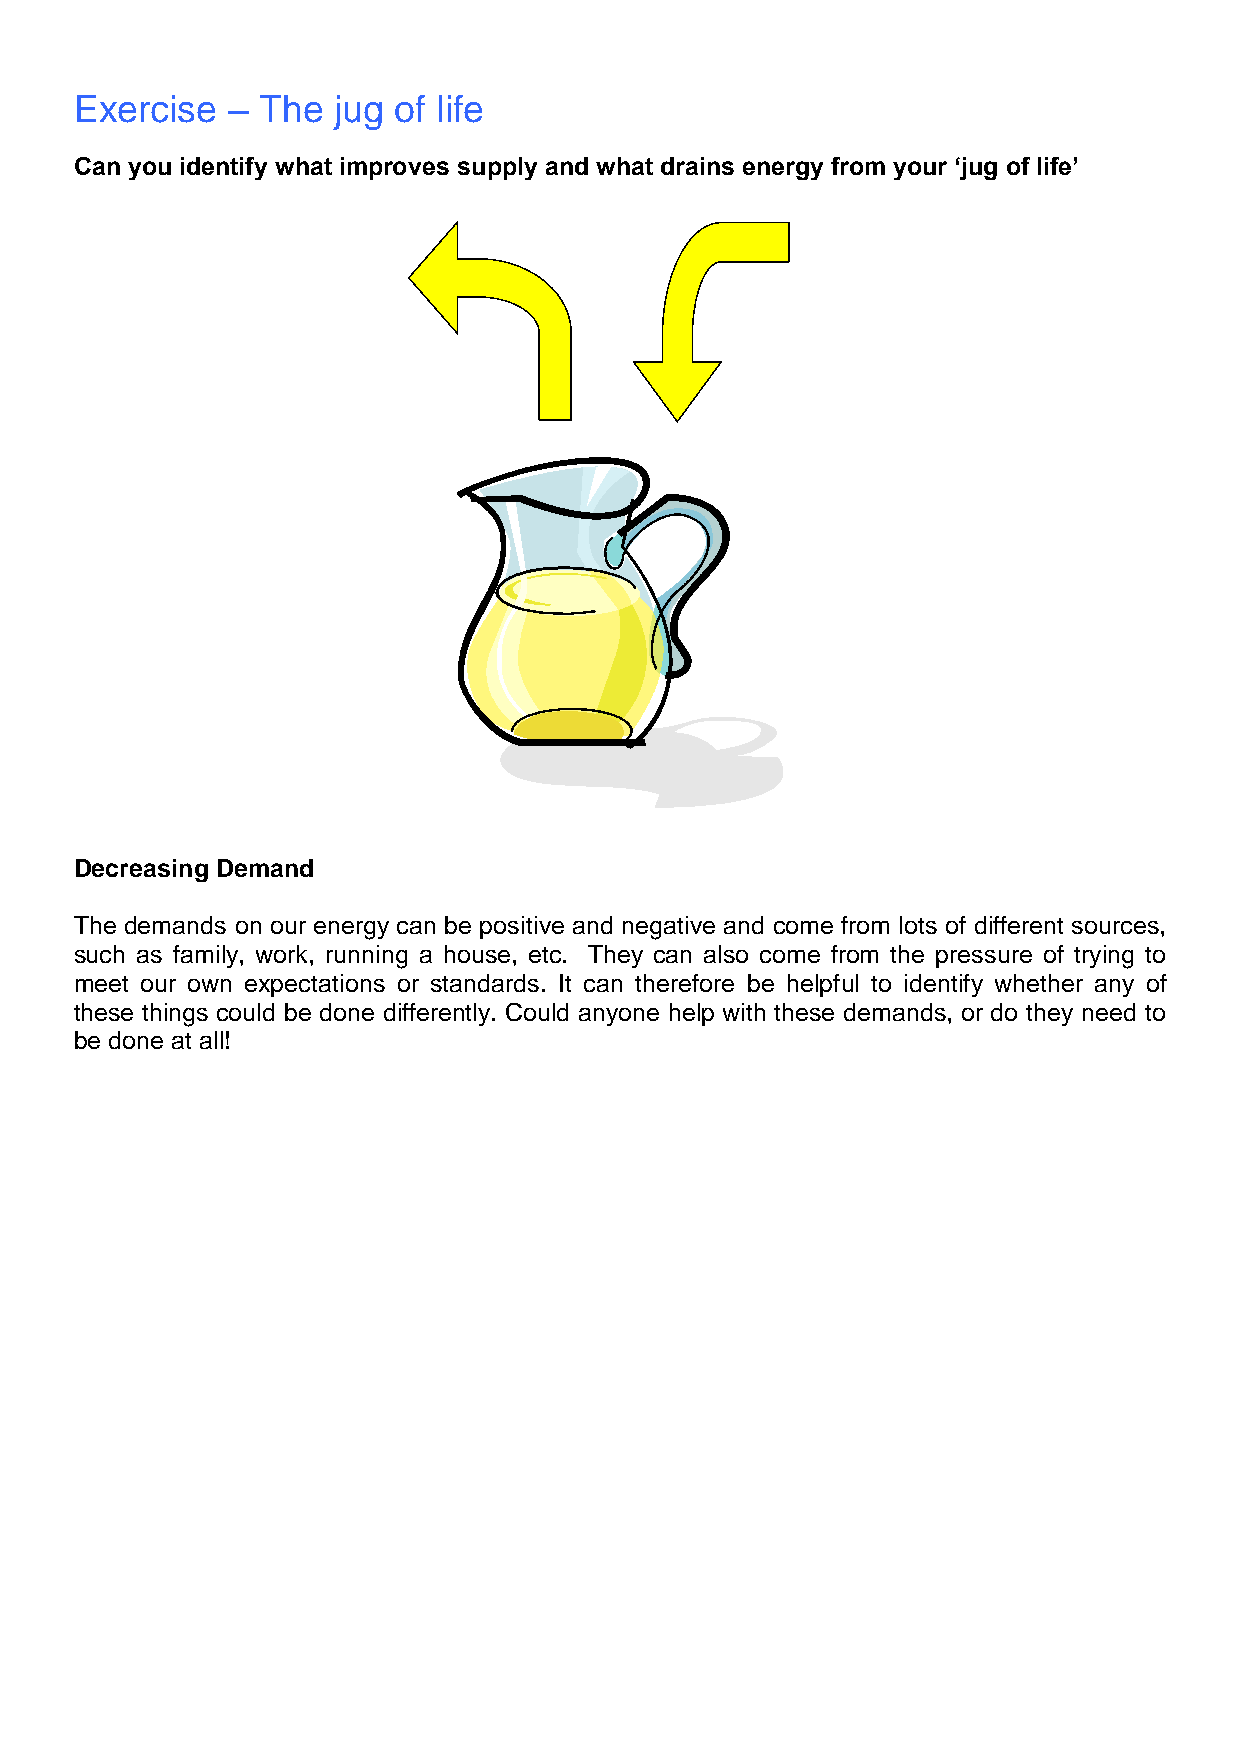
Exercise  – The  jug of life
 Can you identify what improves supply and what drains energy from your ‘jug of life’
 Decreasing Demand
 The demands on our energy can be positive and negative and come from lots of different sources,
 such as family, work, running a house, etc. They can also come from the pressure of trying to
 meet our own expectations or standards. It can therefore be helpful to identify whether any of
 these things could be done differently. Could anyone help with these demands, or do they need to
 be done at all!